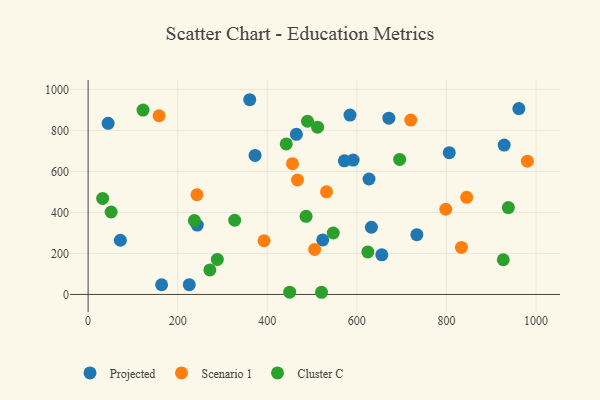
{"axis": {"x": "Ad Spend", "y": "Yield"}, "legend": ["Cluster C", "Projected", "Scenario 1"], "data": [{"x": "632.5", "y": 327.8, "type": "Projected"}, {"x": "806.3", "y": 691.6, "type": "Projected"}, {"x": "225.8", "y": 47.9, "type": "Projected"}, {"x": "591.7", "y": 655.6, "type": "Projected"}, {"x": "572.2", "y": 651.9, "type": "Projected"}, {"x": "372.7", "y": 678.2, "type": "Projected"}, {"x": "733.9", "y": 291.5, "type": "Projected"}, {"x": "164.1", "y": 47.3, "type": "Projected"}, {"x": "655.7", "y": 193.3, "type": "Projected"}, {"x": "928.9", "y": 728.7, "type": "Projected"}, {"x": "465.0", "y": 781.0, "type": "Projected"}, {"x": "627.1", "y": 563.1, "type": "Projected"}, {"x": "523.8", "y": 266.0, "type": "Projected"}, {"x": "44.7", "y": 834.6, "type": "Projected"}, {"x": "584.7", "y": 874.6, "type": "Projected"}, {"x": "72.0", "y": 264.4, "type": "Projected"}, {"x": "671.4", "y": 859.7, "type": "Projected"}, {"x": "243.7", "y": 338.3, "type": "Projected"}, {"x": "360.8", "y": 949.7, "type": "Projected"}, {"x": "961.7", "y": 906.5, "type": "Projected"}, {"x": "392.7", "y": 261.9, "type": "Scenario 1"}, {"x": "243.0", "y": 486.3, "type": "Scenario 1"}, {"x": "456.3", "y": 637.9, "type": "Scenario 1"}, {"x": "798.5", "y": 415.5, "type": "Scenario 1"}, {"x": "532.2", "y": 500.7, "type": "Scenario 1"}, {"x": "833.5", "y": 229.2, "type": "Scenario 1"}, {"x": "505.8", "y": 219.8, "type": "Scenario 1"}, {"x": "720.3", "y": 850.5, "type": "Scenario 1"}, {"x": "158.4", "y": 871.5, "type": "Scenario 1"}, {"x": "980.7", "y": 649.8, "type": "Scenario 1"}, {"x": "845.2", "y": 473.6, "type": "Scenario 1"}, {"x": "467.5", "y": 558.2, "type": "Scenario 1"}, {"x": "938.2", "y": 423.5, "type": "Cluster C"}, {"x": "271.8", "y": 119.6, "type": "Cluster C"}, {"x": "624.5", "y": 207.5, "type": "Cluster C"}, {"x": "442.4", "y": 734.2, "type": "Cluster C"}, {"x": "489.8", "y": 844.8, "type": "Cluster C"}, {"x": "51.4", "y": 402.2, "type": "Cluster C"}, {"x": "512.3", "y": 815.7, "type": "Cluster C"}, {"x": "327.2", "y": 361.8, "type": "Cluster C"}, {"x": "237.3", "y": 360.5, "type": "Cluster C"}, {"x": "122.6", "y": 899.0, "type": "Cluster C"}, {"x": "32.4", "y": 468.4, "type": "Cluster C"}, {"x": "450.0", "y": 11.2, "type": "Cluster C"}, {"x": "926.9", "y": 169.2, "type": "Cluster C"}, {"x": "288.5", "y": 170.9, "type": "Cluster C"}, {"x": "486.6", "y": 381.0, "type": "Cluster C"}, {"x": "695.5", "y": 658.6, "type": "Cluster C"}, {"x": "547.3", "y": 299.7, "type": "Cluster C"}, {"x": "521.1", "y": 10.6, "type": "Cluster C"}]}